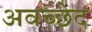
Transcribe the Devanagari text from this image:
अवच्छेद